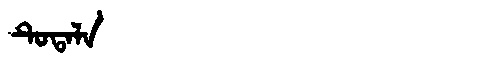
Manchu: ᡨᡠᡨᠠᠯᠠ
Romanization: TUTALA